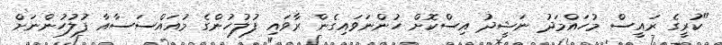
"ކުރީގެ ރައީސް މުހައްމަދު ނަޝީދު އިސްކޮށް ހުންނަވައިގެން ރާވައި ފުލުހުންގެ މުއައްސަސާއާ ފުލުހުންނަށް